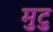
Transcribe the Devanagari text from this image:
मुटु